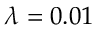
\lambda = 0 . 0 1